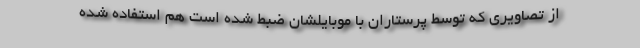
از تصاویری که توسط پرستاران با موبایلشان ضبط شده است هم استفاده شده